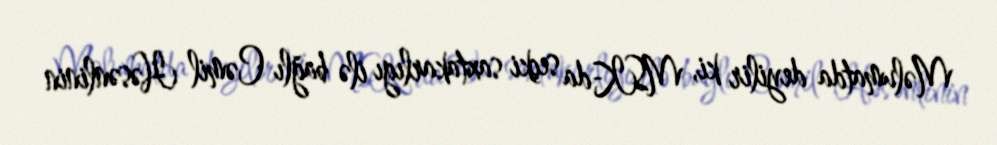
Məlumatda deyilir ki, MSK-da seçki saxtakarlıgı ilə bağlı Cəmil Həsənlinin